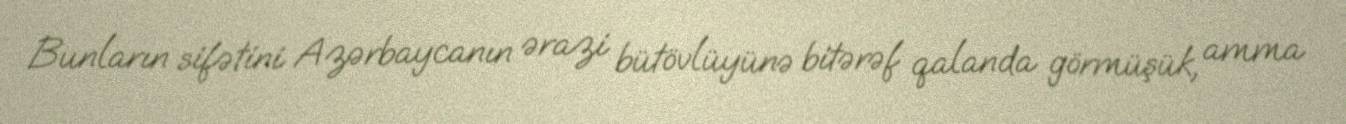
Bunların sifətini Azərbaycanın ərazi bütövlüyünə bitərəf qalanda görmüşük, amma